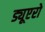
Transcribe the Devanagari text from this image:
ड्यूएरो